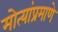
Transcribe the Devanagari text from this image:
मोत्यांप्रमाणे